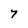
Character: 7